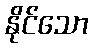
နိုင်သော